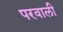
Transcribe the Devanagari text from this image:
परवाली